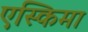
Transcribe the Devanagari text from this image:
एस्किमा